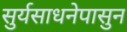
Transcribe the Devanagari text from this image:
सुर्यसाधनेपासुन